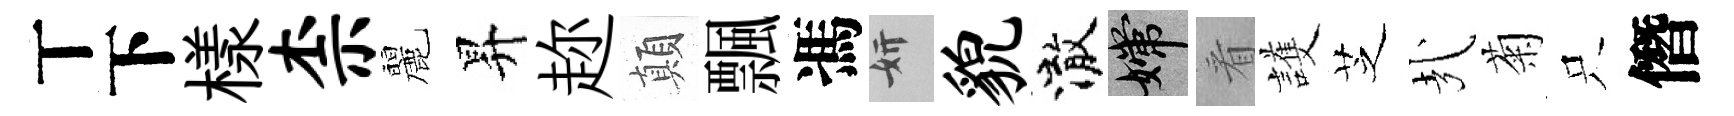
丅下樣柰麗昇趂顛飄馮妍貌澈嫦㸔護芝㢤菊只僭